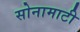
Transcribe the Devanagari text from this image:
सोनामाटी